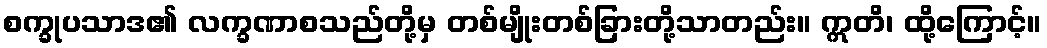
စက္ခုပသာဒ၏ လက္ခဏာစသည်တို့မှ တစ်မျိုးတစ်ခြားတို့သာတည်း။ ဣတိ၊ ထို့ကြောင့်။